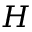
H